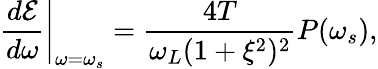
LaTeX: \left.\frac{d\mathcal{E}}{d\omega}\right|_{\omega=\omega_{s}}=\frac{4T}{\omega_{L}(1+\xi^{2})^{2}}P(\omega_{s}),